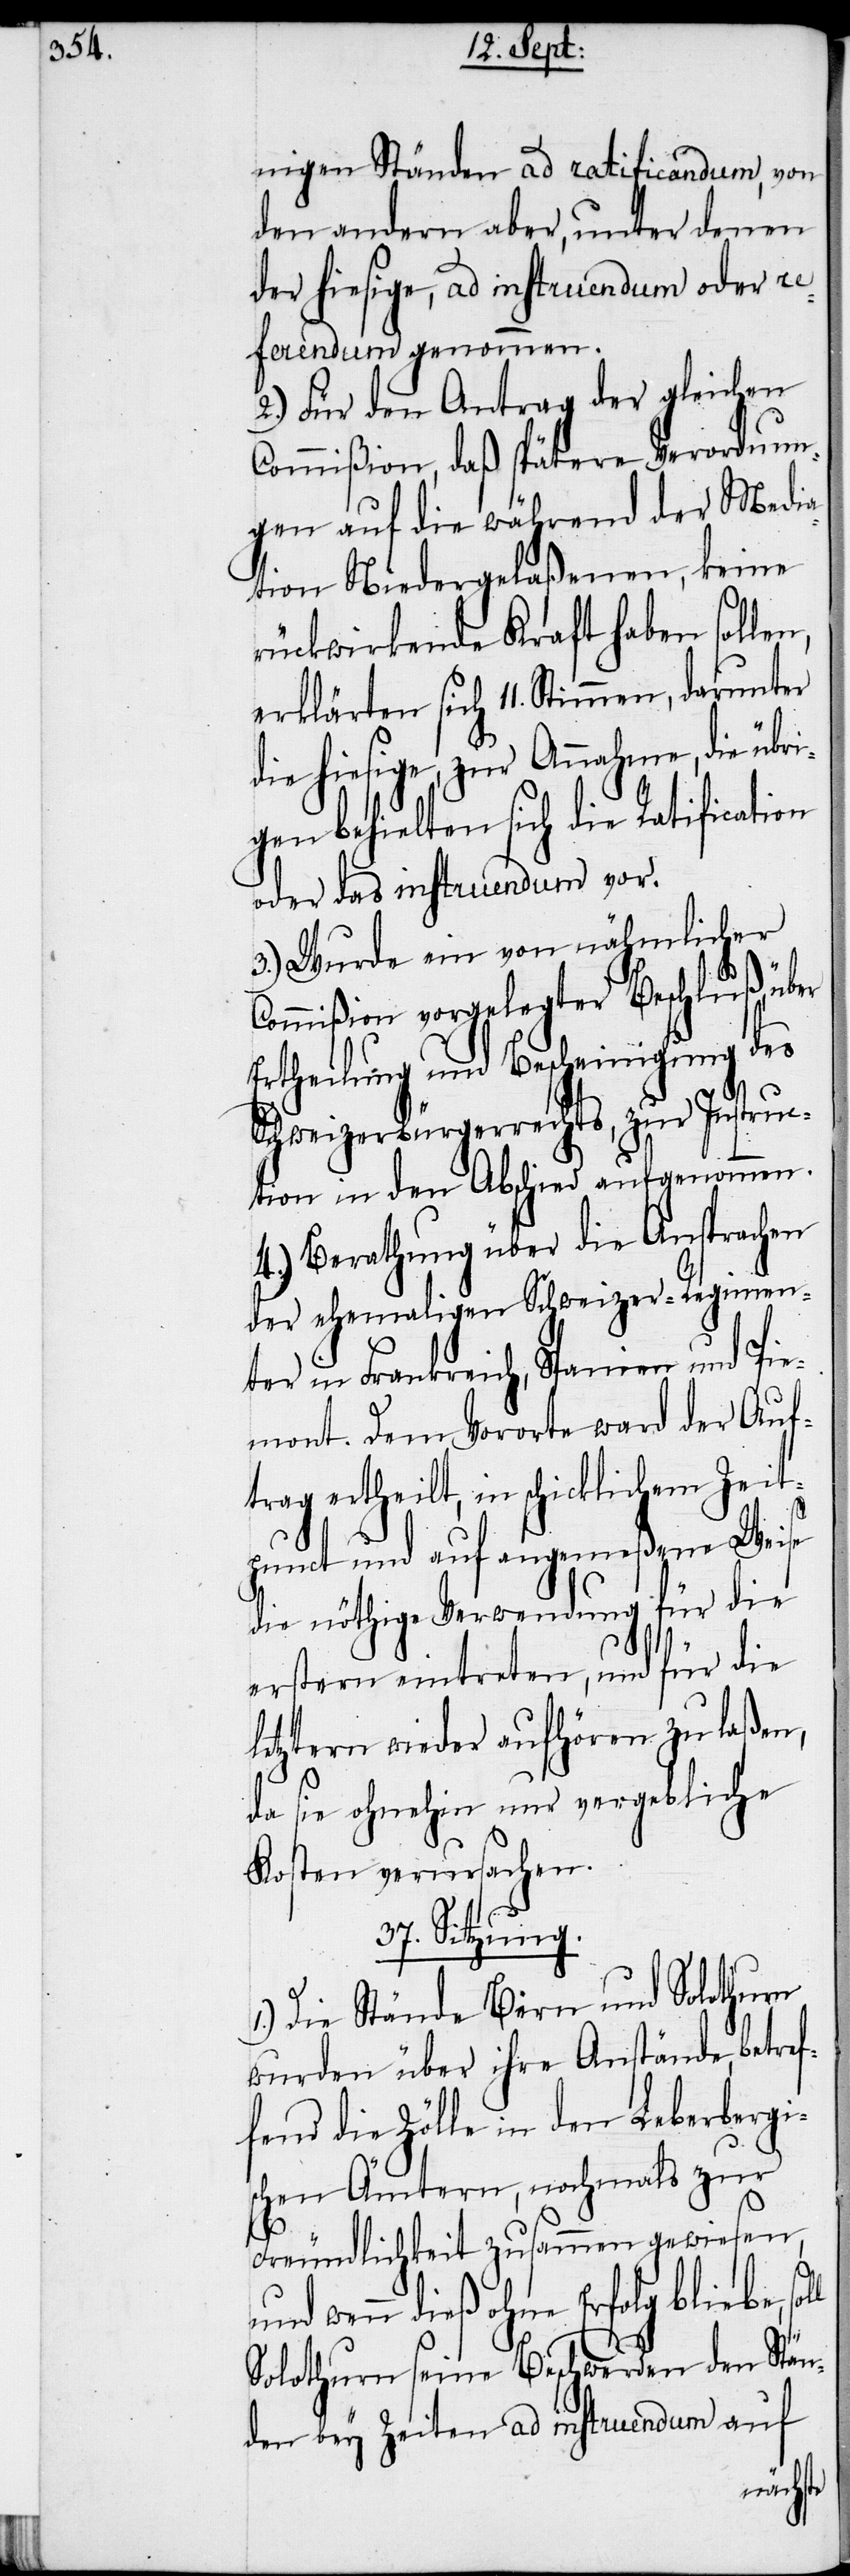
nigen Ständen ad ratificandum, von
den andern aber, unter denen
der hiesige, ad instruendum oder re¬
ferendum genommen.
2.) Für den Antrag der gleichen
Commißion, daß spätere Verordnun¬
gen auf die während der Media¬
tion Niedergelaßenen, keine
rückwirkende Kraft haben sollen,
erklärten sich 11. Stimmen, darunter
die hiesige, zur Annahme, die übr¬
igen behielten sich die Ratification
oder das instruendum vor.
3.) Wurde ein von nähmlicher
Commißion vorgelegter Beschluß, über
Ertheilung und Bescheinigung des
Schweizerbürgerrechts, zur Instru¬
ction in den Abschied aufgenommen.
4.) Berathung über die Ansprach¬
der ehemaligen Schweizer-Regimen¬
ter in Frankreich, Spanien und Pi¬
emont. Dem Vororte ward der Auf¬
Zeit¬
trag ertheilt, in schicklichem
punct und auf angemßene Weise
die nöthige Verwendung für die
erstern eintreten, und für die
letztern wieder aufhören zu laßen,
da sie ohnehin nur vergebliche
Kosten verursachen.
37. Sitzung.
1.) Die Stände Bern und Solothurn
wurden über ihre Anstände, betref¬
fend die Zölle in den Leberbergi¬
schen Ämtern, nochmals zur
Freundlichkeit zusammen gewiesen,
und wenn dieß ohne Erfolg bliebe,
Solothurn seine Beschwerden den Stän¬
den bey Zeiten ad instruendum auf